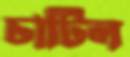
চার্টিল